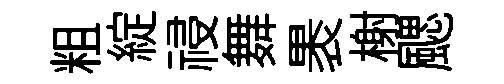
粗綻祲舞褁榭颸